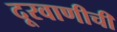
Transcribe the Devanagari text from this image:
दूरवाणीची